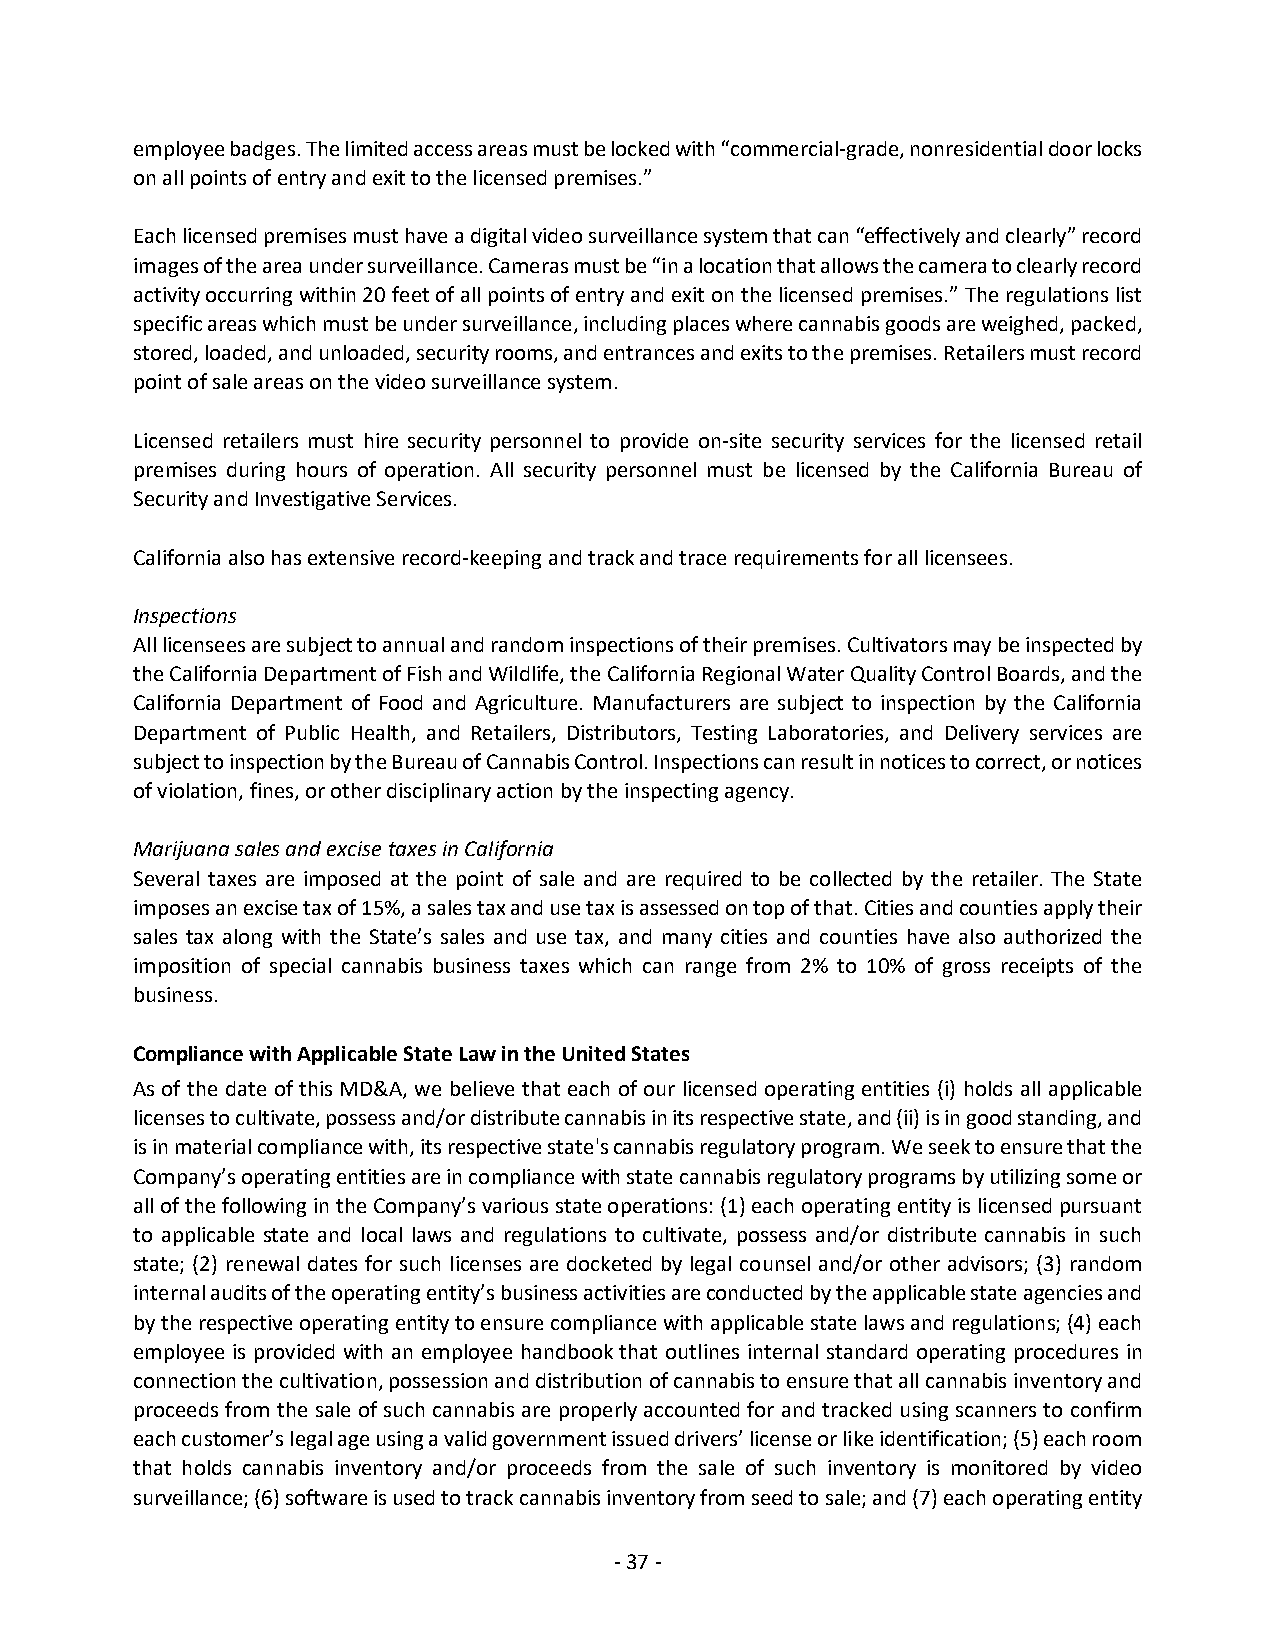
employee badges. The limited access areas must be locked with “commercial-grade, nonresidential door locks
 on all points of entry and exit to the licensed premises.”
 Each licensed premises must have a digital video surveillance system that can “effectively and clearly” record
 images of the area under surveillance. Cameras must be “in a location that allows the camera to clearly record
 activity occurring within 20 feet of all points of entry and exit on the licensed premises.” The regulations list
 specific areas which must be under surveillance, including places where cannabis goods are weighed, packed,
 stored, loaded, and unloaded, security rooms, and entrances and exits to the premises. Retailers must record
 point of sale areas on the video surveillance system.
 Licensed retailers must hire security personnel to provide on-site security services for the licensed retail
 premises during hours of operation. All security personnel must be licensed by the California Bureau of
 Security and Investigative Services.
 California also has extensive record-keeping and track and trace requirements for all licensees.
 Inspections
 All licensees are subject to annual and random inspections of their premises. Cultivators may be inspected by
 the California Department of Fish and Wildlife, the California Regional Water Quality Control Boards, and the
 California Department of Food and Agriculture. Manufacturers are subject to inspection by the California
 Department of Public Health, and Retailers, Distributors, Testing Laboratories, and Delivery services are
 subject to inspection by the Bureau of Cannabis Control. Inspections can result in notices to correct, or notices
 of violation, fines, or other disciplinary action by the inspecting agency.
 Marijuana sales and excise taxes in California
 Several taxes are imposed at the point of sale and are required to be collected by the retailer. The State
 imposes an excise tax of 15%, a sales tax and use tax is assessed on top of that. Cities and counties apply their
 sales tax along with the State’s sales and use tax, and many cities and counties have also authorized the
 imposition of special cannabis business taxes which can range from 2% to 10% of gross receipts of the
 business.
 Compliance with Applicable State Law in the United States
 As of the date of this MD&A, we believe that each of our licensed operating entities (i) holds all applicable
 licenses to cultivate, possess and/or distribute cannabis in its respective state, and (ii) is in good standing, and
 is in material compliance with, its respective state's cannabis regulatory program. We seek to ensure that the
 Company’s operating entities are in compliance with state cannabis regulatory programs by utilizing some or
 all of the following in the Company’s various state operations: (1) each operating entity is licensed pursuant
 to applicable state and local laws and regulations to cultivate, possess and/or distribute cannabis in such
 state; (2) renewal dates for such licenses are docketed by legal counsel and/or other advisors; (3) random
 internal audits of the operating entity’s business activities are conducted by the applicable state agencies and
 by the respective operating entity to ensure compliance with applicable state laws and regulations; (4) each
 employee is provided with an employee handbook that outlines internal standard operating procedures in
 connection the cultivation, possession and distribution of cannabis to ensure that all cannabis inventory and
 proceeds from the sale of such cannabis are properly accounted for and tracked using scanners to confirm
 each customer’s legal age using a valid government issued drivers’ license or like identification; (5) each room
 that holds cannabis inventory and/or proceeds from the sale of such inventory is monitored by video
 surveillance; (6) software is used to track cannabis inventory from seed to sale; and (7) each operating entity
 - 37 -